Malaria in India - Number 2
Disease focus: Malaria
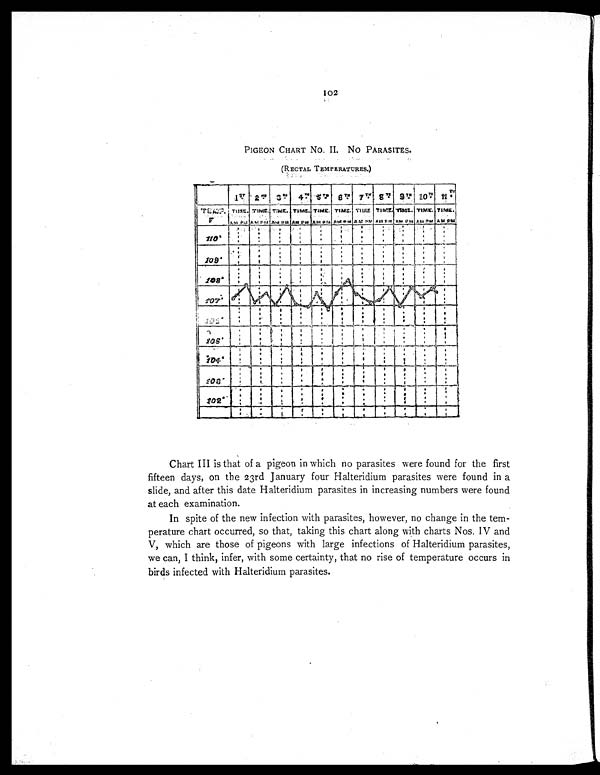
102
PIGEON CHART No. II. No PARASITES.
(RECTAL TEMPERATURES.)
Chart III is that of a pigeon in which no parasites were found for the first
fifteen days, on the 23rd January four Halteridium parasites were found in a
slide, and after this date Halteridium parasites in increasing numbers were found
at each examination.
In spite of the new infection with parasites, however, no change in the tem-
perature chart occurred, so that, taking this chart along with charts Nos. IV and
V, which are those of pigeons with large infections of Halteridium parasites,
we can, I think, infer, with some certainty, that no rise of temperature occurs in
birds infected with Halteridium parasites.